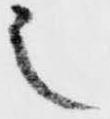
之